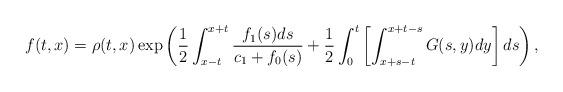
LaTeX: \begin{align*}f(t,x)=\rho(t,x) \exp\left(\frac{1}{2}\int_{x-t}^{x+t}\frac{f_1(s)ds}{c_1+f_0(s)} +\frac{1}{2}\int_{0}^t \left[ \int_{x+s-t}^{x+t-s} G(s,y)dy\right]ds \right),\end{align*}